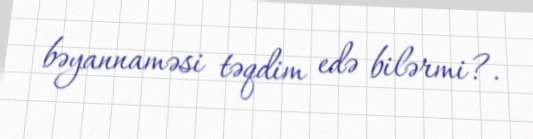
bəyannaməsi təqdim edə bilərmi?.